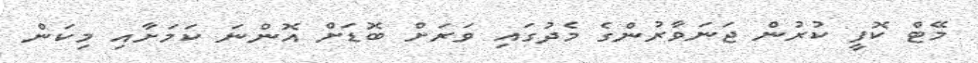
މޭޓް ކޮފީ ކުރުން ޖަނަވާރުންގެ މެދުގައި ވަރަށް ބޮޑަށް އޮންނަ ކަމަށާއި މިކަން